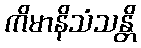
ကိမာနိသံသန္တိ